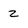
Character: z